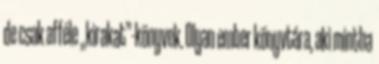
de csak afféle „kirakat”-könyvek. Olyan ember könyvtára, aki mintha